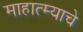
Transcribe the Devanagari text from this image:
माहात्म्याचे